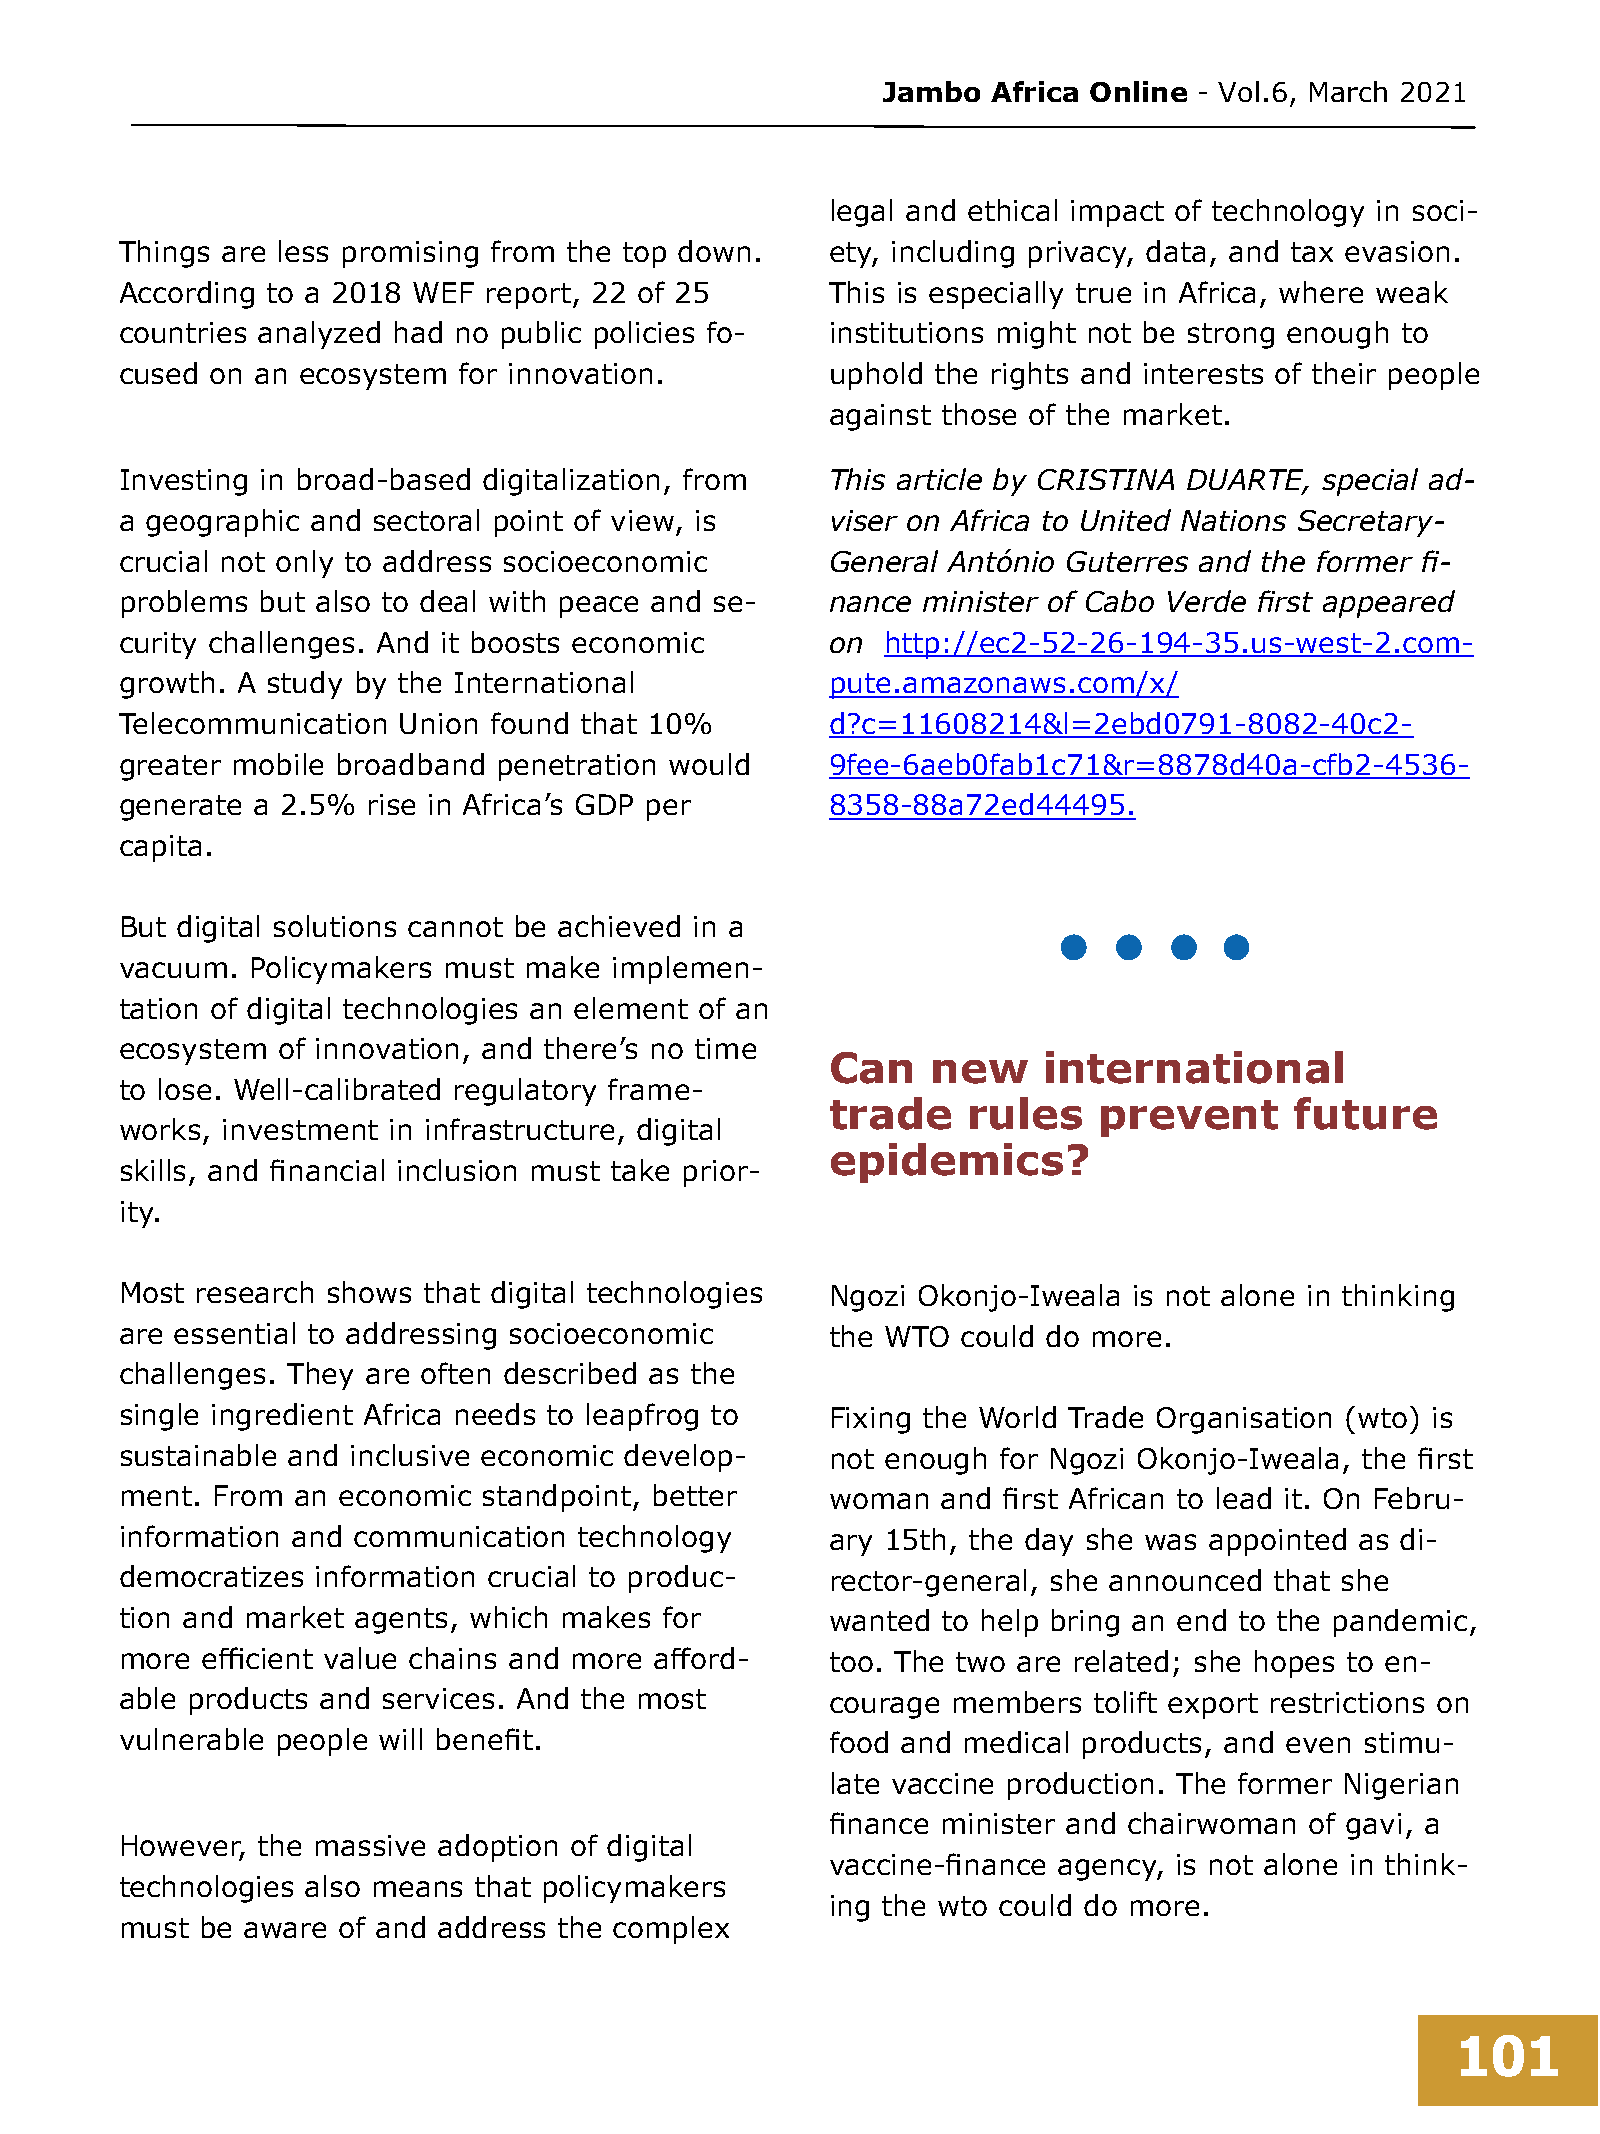
Jambo   Africa Online - Vol.6, March 2021
 legal and ethical impact of technology in soci-
 Things are less promising from the top down.   ety, including privacy, data, and tax evasion.
 According to a 2018 WEF report, 22 of 25       This is especially true in Africa, where weak
 countries analyzed had no public policies fo-  institutions might not be strong enough to
 cused on an ecosystem for innovation.          uphold the rights and interests of their people
 against those of the market.
 Investing in broad-based digitalization, from  This article by CRISTINA DUARTE, special ad-
 a geographic and sectoral point of view, is    viser on Africa to United Nations Secretary-
 crucial not only to address socioeconomic      General António Guterres and the former fi-
 problems but also to deal with peace and se-   nance minister of Cabo Verde first appeared
 curity challenges. And it boosts economic      on  http://ec2-52-26-194-35.us-west-2.com-
 growth. A study by the International           pute.amazonaws.com/x/
 Telecommunication Union found that 10%         d?c=11608214&l=2ebd0791-8082-40c2-
 greater mobile broadband penetration would     9fee-6aeb0fab1c71&r=8878d40a-cfb2-4536-
 generate a 2.5% rise in Africa’s GDP per       8358-88a72ed44495.
 capita.
 But digital solutions cannot be achieved in a
 vacuum.  Policymakers must make implemen-
 tation of digital technologies an element of an
 ecosystem of innovation, and there’s no time
 Can    new    international
 to lose. Well-calibrated regulatory frame-
 trade    rules    prevent      future
 works, investment in infrastructure, digital
 epidemics?
 skills, and financial inclusion must take prior-
 ity.
 Most research shows that digital technologies  Ngozi Okonjo-Iweala is not alone in thinking
 are essential to addressing socioeconomic      the WTO  could do more.
 challenges. They are often described as the
 single ingredient Africa needs to leapfrog to  Fixing the World Trade Organisation (wto) is
 sustainable and inclusive economic develop-    not enough for Ngozi Okonjo-Iweala, the first
 ment. From an economic  standpoint, better     woman  and first African to lead it. On Febru-
 information and communication technology       ary 15th, the day she was appointed as di-
 democratizes information crucial to produc-    rector-general, she announced that she
 tion and market agents, which makes for        wanted to help bring an end to the pandemic,
 more efficient value chains and more afford-   too. The two are related; she hopes to en-
 able products and services. And the most       courage members  tolift export restrictions on
 vulnerable people will benefit.                food and medical products, and even stimu-
 late vaccine production. The former Nigerian
 finance minister and chairwoman of gavi, a
 However, the massive adoption of digital
 vaccine-finance agency, is not alone in think-
 technologies also means that policymakers
 ing the wto could do more.
 must be aware of and address the complex
 101